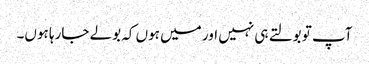
آپ تو بولتے ہی نہیں اور میں ہوں کہ بولے جارہا ہوں۔